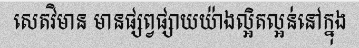
សេតវិមាន មានផ្សព្វផ្សាយយ៉ាងល្អិតល្អន់នៅក្នុង